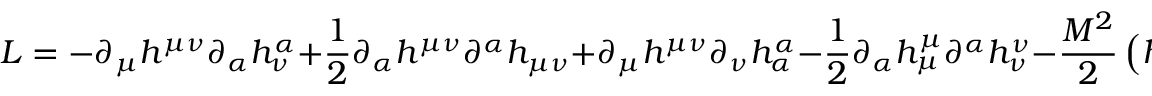
{ \cal L } = - \partial _ { \mu } h ^ { \mu \nu } \partial _ { \alpha } h _ { \nu } ^ { \alpha } + \frac { 1 } { 2 } \partial _ { \alpha } h ^ { \mu \nu } \partial ^ { \alpha } h _ { \mu \nu } + \partial _ { \mu } h ^ { \mu \nu } \partial _ { \nu } h _ { \alpha } ^ { \alpha } - \frac { 1 } { 2 } \partial _ { \alpha } h _ { \mu } ^ { \mu } \partial ^ { \alpha } h _ { \nu } ^ { \nu } - \frac { M ^ { 2 } } { 2 } \left( h _ { \mu \nu } h ^ { \mu \nu } - h _ { \mu } ^ { \mu } h _ { \nu } ^ { \nu } \right) .